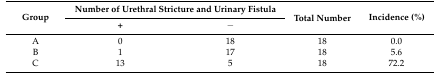
<table><thead><tr><td rowspan="2"><b>Group</b></td><td colspan="2"><b>Number of Urethral Stricture and Urinary Fistula</b></td><td rowspan="2"><b>Total Number</b></td><td rowspan="2"><b>Incidence (%)</b></td></tr><tr><td><b>+</b></td><td><b>−</b></td></tr></thead><tbody><tr><td>A</td><td>0</td><td>18</td><td>18</td><td>0.0</td></tr><tr><td>B</td><td>1</td><td>17</td><td>18</td><td>5.6</td></tr><tr><td>C</td><td>13</td><td>5</td><td>18</td><td>72.2</td></tr></tbody></table>